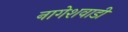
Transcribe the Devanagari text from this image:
नागेशवाडी